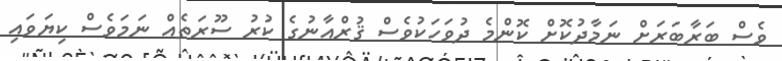
ވެސް ބަރާބަރަށް ނަމާދުކޮށް ކޮންމެ ދުވަހަކުވެސް ޤުރްއާނުގެ ކުރު ސޫރަތެއް ނަމަވެސް ކިޔަވައި